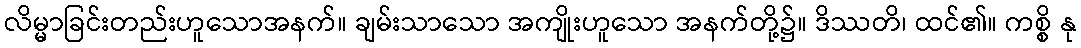
လိမ္မာခြင်းတည်းဟူသောအနက်။ ချမ်းသာသော အကျိုးဟူသော အနက်တို့၌။ ဒိဿတိ၊ ထင်၏။ ကစ္စိ နု